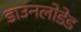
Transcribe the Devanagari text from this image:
डाउनलोडेड